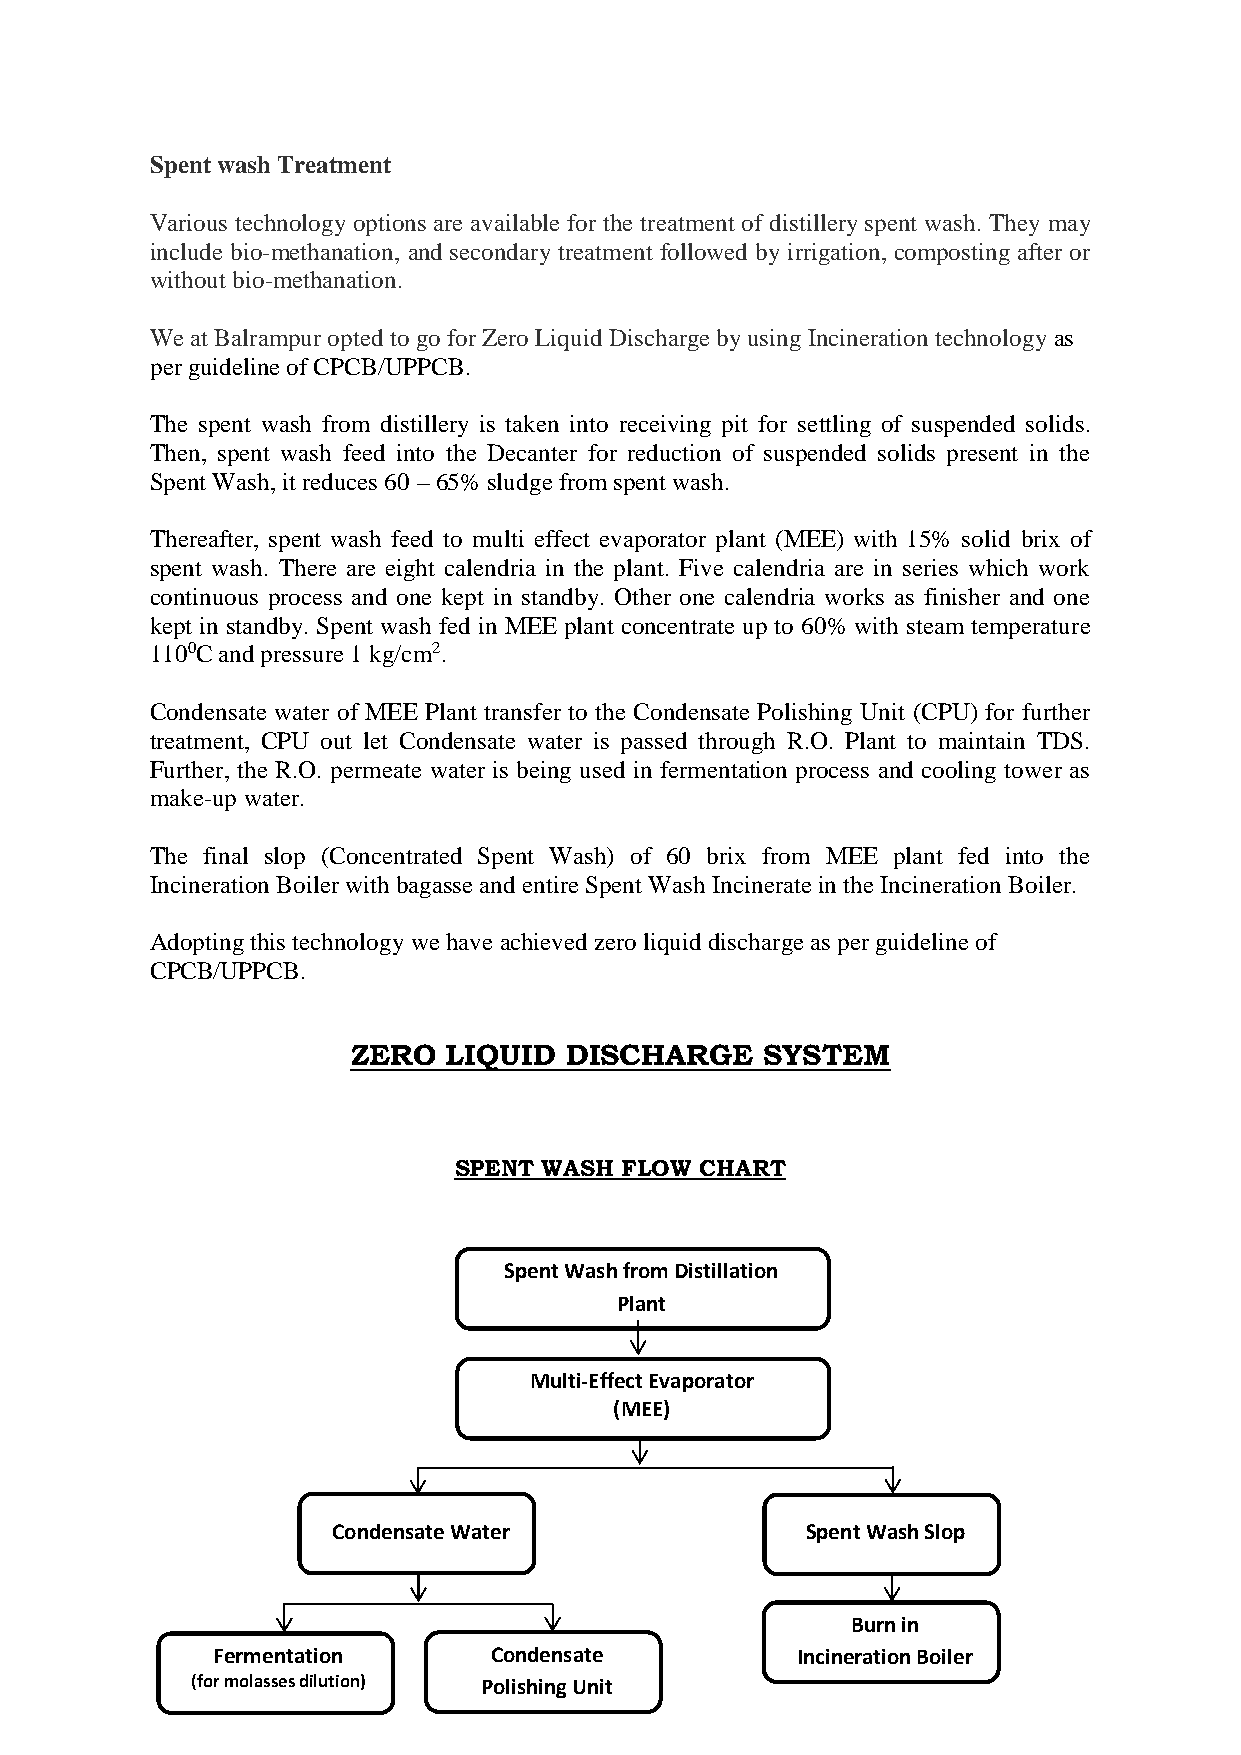
Spent wash Treatment
 Various technology options are available for the treatment of distillery spent wash. They may
 include bio-methanation, and secondary treatment followed by irrigation, composting after or
 without bio-methanation.
 We at Balrampur opted to go for Zero Liquid Discharge by using Incineration technology as
 per guideline of CPCB/UPPCB.
 The spent wash from distillery is taken into receiving pit for settling of suspended solids.
 Then, spent wash feed into the Decanter for reduction of suspended solids present in the
 Spent Wash, it reduces 60 – 65% sludge from spent wash.
 Thereafter, spent wash feed to multi effect evaporator plant (MEE) with 15% solid brix of
 spent wash. There are eight calendria in the plant. Five calendria are in series which work
 continuous process and one kept in standby. Other one calendria works as finisher and one
 kept in standby. Spent wash fed in MEE plant concentrate up to 60% with steam temperature
 1100C and pressure 1 kg/cm2.
 Condensate water of MEE Plant transfer to the Condensate Polishing Unit (CPU) for further
 treatment, CPU out let Condensate water is passed through R.O. Plant to maintain TDS.
 Further, the R.O. permeate water is being used in fermentation process and cooling tower as
 make-up water.
 The final slop (Concentrated Spent Wash) of 60 brix from MEE plant fed into the
 Incineration Boiler with bagasse and entire Spent Wash Incinerate in the Incineration Boiler.
 Adopting this technology we have achieved zero liquid discharge as per guideline of
 CPCB/UPPCB.
 ZERO   LIQUID DISCHARGE    SYSTEM
 SPENT WASH FLOW CHART
 Spent Wash from Distillation
 Plant
 Multi-Effect Evaporator
 (MEE)
 Condensate Water               Spent Wash Slop
 Burn in
 Fermentation      Condensate           Incineration Boiler
 (for molasses dilution) Polishing Unit